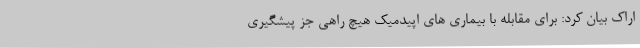
اراک بیان کرد: برای مقابله با بیماری های اپیدمیک هیچ راهی جز پیشگیری